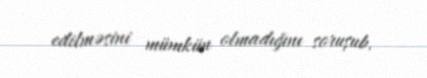
edilməsini mümkün olmadığını soruşub.